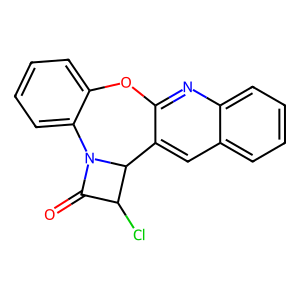
SMILES: O=C1C(Cl)C2c3cc4ccccc4nc3Oc3ccccc3N12
Inhibits HIV replication: No